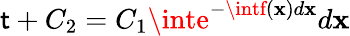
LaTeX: \mathsf{t}+C_{2}=C_{1}\inte^{-\intf(\mathbf{x})d\mathbf{x}}d\mathbf{x}